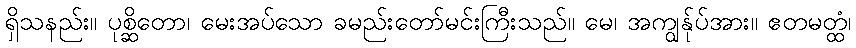
ရှိသနည်း။ ပုစ္ဆိတော၊ မေးအပ်သော ခမည်းတော်မင်းကြီးသည်။ မေ၊ အကျွန်ုပ်အား။ ဧတမတ္ထံ၊